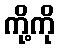
ကို့ကို